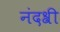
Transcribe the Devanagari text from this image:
नंदश्री